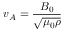
v _ { A } = { \frac { B _ { 0 } } { \sqrt { \mu _ { 0 } \rho } } }